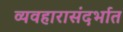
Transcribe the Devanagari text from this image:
व्यवहारासंदर्भात